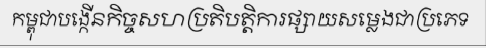
កម្ពុជាបង្កើនកិច្ចសហប្រតិបត្តិការផ្សាយសម្លេងជាប្រភេទ